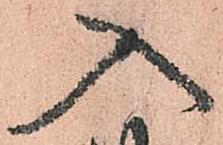
入